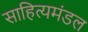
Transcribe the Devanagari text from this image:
साहित्यमंडल